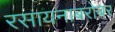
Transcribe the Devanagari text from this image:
रसायनाबरोबर